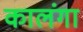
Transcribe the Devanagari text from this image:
कालंगा